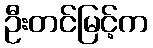
ဦးတင်မြင့်က